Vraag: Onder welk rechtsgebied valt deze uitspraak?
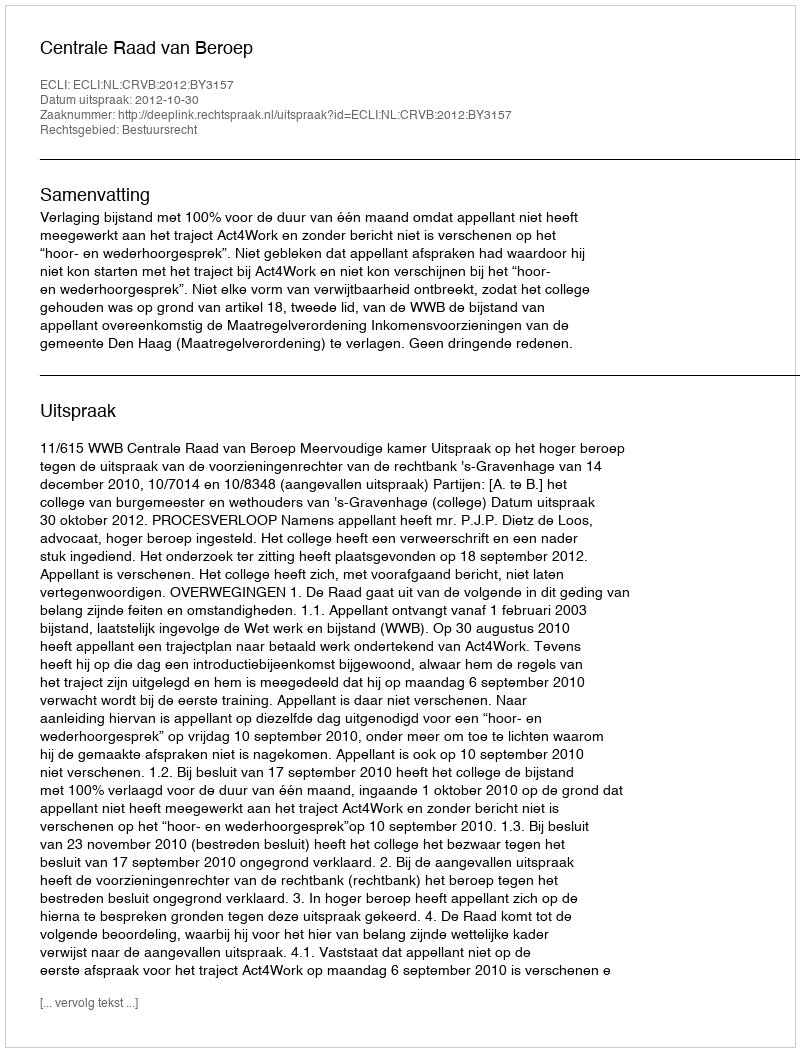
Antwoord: Bestuursrecht